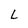
Character: L